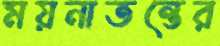
ময়নাতন্তের